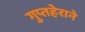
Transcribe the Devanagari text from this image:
गुप्तहेराने